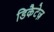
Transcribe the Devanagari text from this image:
डिकैटेज़